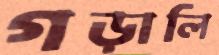
গড়ালি